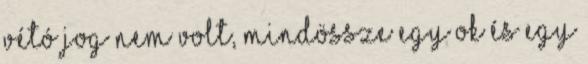
vétó jog nem volt, mindössze egy ok és egy